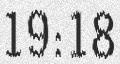
19:18